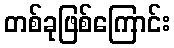
တစ်ခုဖြစ်ကြောင်း